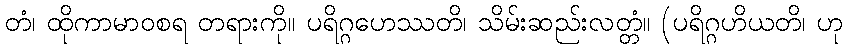
တံ၊ ထိုကာမာဝစရ တရားကို။ ပရိဂ္ဂဟေဿတိ၊ သိမ်းဆည်းလတ္တံ။ (ပရိဂ္ဂဟိယတိ၊ ဟု